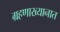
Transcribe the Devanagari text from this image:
ग्रहणाख्यानात